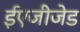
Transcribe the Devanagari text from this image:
ईएजीजेड